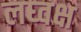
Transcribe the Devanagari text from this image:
लघ्वक्ष